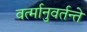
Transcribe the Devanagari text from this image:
वर्त्मानुवर्तन्ते